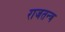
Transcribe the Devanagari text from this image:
राजतन्‍त्र